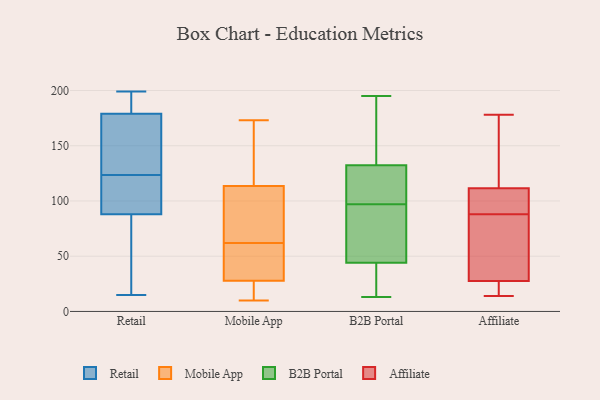
{"axis": {"x": "Satisfaction Score", "y": "Value"}, "legend": ["Affiliate", "B2B Portal", "Mobile App", "Retail"], "data": [{"x": "", "y": 170, "type": "Retail"}, {"x": "", "y": 126, "type": "Retail"}, {"x": "", "y": 49, "type": "Retail"}, {"x": "", "y": 199, "type": "Retail"}, {"x": "", "y": 186, "type": "Retail"}, {"x": "", "y": 179, "type": "Retail"}, {"x": "", "y": 99, "type": "Retail"}, {"x": "", "y": 15, "type": "Retail"}, {"x": "", "y": 198, "type": "Retail"}, {"x": "", "y": 170, "type": "Retail"}, {"x": "", "y": 121, "type": "Retail"}, {"x": "", "y": 107, "type": "Retail"}, {"x": "", "y": 88, "type": "Retail"}, {"x": "", "y": 37, "type": "Retail"}, {"x": "", "y": 125, "type": "Mobile App"}, {"x": "", "y": 88, "type": "Mobile App"}, {"x": "", "y": 173, "type": "Mobile App"}, {"x": "", "y": 15, "type": "Mobile App"}, {"x": "", "y": 122, "type": "Mobile App"}, {"x": "", "y": 19, "type": "Mobile App"}, {"x": "", "y": 62, "type": "Mobile App"}, {"x": "", "y": 10, "type": "Mobile App"}, {"x": "", "y": 62, "type": "Mobile App"}, {"x": "", "y": 79, "type": "Mobile App"}, {"x": "", "y": 54, "type": "Mobile App"}, {"x": "", "y": 192, "type": "B2B Portal"}, {"x": "", "y": 36, "type": "B2B Portal"}, {"x": "", "y": 56, "type": "B2B Portal"}, {"x": "", "y": 97, "type": "B2B Portal"}, {"x": "", "y": 134, "type": "B2B Portal"}, {"x": "", "y": 120, "type": "B2B Portal"}, {"x": "", "y": 40, "type": "B2B Portal"}, {"x": "", "y": 83, "type": "B2B Portal"}, {"x": "", "y": 13, "type": "B2B Portal"}, {"x": "", "y": 195, "type": "B2B Portal"}, {"x": "", "y": 127, "type": "B2B Portal"}, {"x": "", "y": 178, "type": "Affiliate"}, {"x": "", "y": 27, "type": "Affiliate"}, {"x": "", "y": 94, "type": "Affiliate"}, {"x": "", "y": 14, "type": "Affiliate"}, {"x": "", "y": 22, "type": "Affiliate"}, {"x": "", "y": 83, "type": "Affiliate"}, {"x": "", "y": 134, "type": "Affiliate"}, {"x": "", "y": 93, "type": "Affiliate"}, {"x": "", "y": 49, "type": "Affiliate"}, {"x": "", "y": 22, "type": "Affiliate"}, {"x": "", "y": 104, "type": "Affiliate"}, {"x": "", "y": 93, "type": "Affiliate"}, {"x": "", "y": 48, "type": "Affiliate"}, {"x": "", "y": 39, "type": "Affiliate"}, {"x": "", "y": 119, "type": "Affiliate"}, {"x": "", "y": 23, "type": "Affiliate"}, {"x": "", "y": 166, "type": "Affiliate"}, {"x": "", "y": 167, "type": "Affiliate"}, {"x": "", "y": 98, "type": "Affiliate"}, {"x": "", "y": 28, "type": "Affiliate"}]}